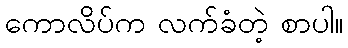
ကောလိပ်က လက်ခံတဲ့ စာပါ။